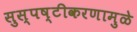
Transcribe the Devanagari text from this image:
सुस्पष्टीकरणामुळे